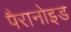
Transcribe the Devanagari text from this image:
पैरानोइड